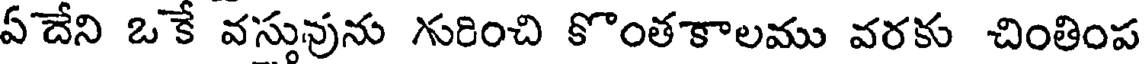
ఏదేని ఒకే వస్తువును సరించి కొంతకాలము వరకు చింతింప